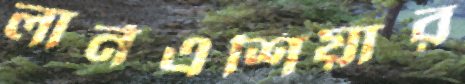
লার্নএশিয়ার